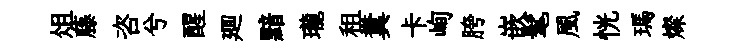
俎藤咨兮醒廽黯瓏租糞卡峋胯嵌髦風恍瑪燦